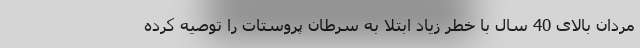
مردان بالای 40 سال با خطر زیاد ابتلا به سرطان پروستات را توصیه کرده